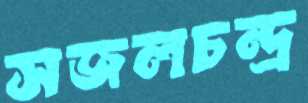
সজলচন্দ্র